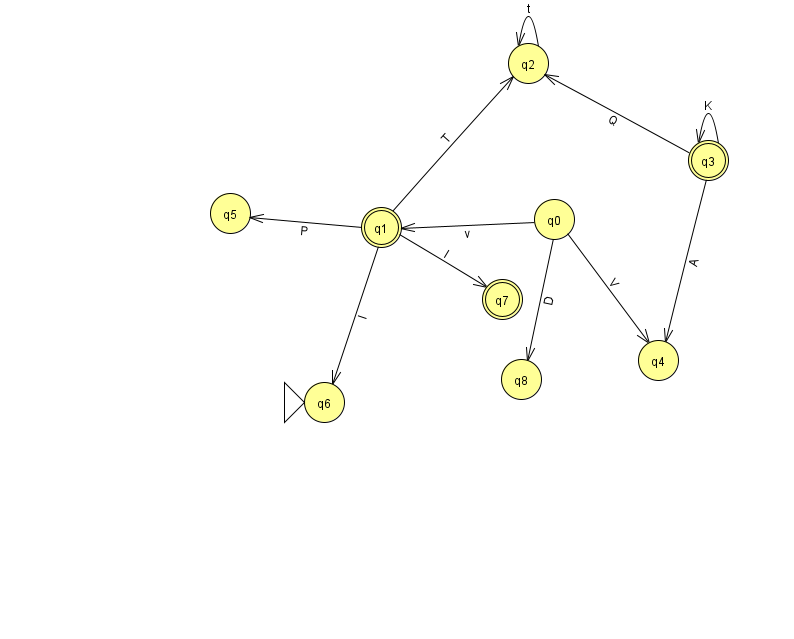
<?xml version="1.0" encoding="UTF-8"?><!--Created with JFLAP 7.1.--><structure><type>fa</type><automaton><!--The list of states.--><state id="0" name="q0"><x>554.0</x><y>206.0</y></state><state id="1" name="q1"><x>381.0</x><y>214.0</y><final/></state><state id="2" name="q2"><x>528.0</x><y>50.0</y></state><state id="3" name="q3"><x>708.0</x><y>147.0</y><final/></state><state id="4" name="q4"><x>658.0</x><y>347.0</y></state><state id="5" name="q5"><x>230.0</x><y>200.0</y></state><state id="6" name="q6"><x>324.0</x><y>389.0</y><initial/></state><state id="7" name="q7"><x>502.0</x><y>286.0</y><final/></state><state id="8" name="q8"><x>521.0</x><y>366.0</y></state><!--The list of transitions.--><transition><from>0</from><to>4</to><read>V</read></transition><transition><from>2</from><to>2</to><read>t</read></transition><transition><from>3</from><to>2</to><read>Q</read></transition><transition><from>1</from><to>6</to><read>I</read></transition><transition><from>3</from><to>4</to><read>A</read></transition><transition><from>0</from><to>8</to><read>D</read></transition><transition><from>1</from><to>5</to><read>P</read></transition><transition><from>0</from><to>1</to><read>v</read></transition><transition><from>3</from><to>3</to><read>K</read></transition><transition><from>1</from><to>7</to><read>I</read></transition><transition><from>1</from><to>2</to><read>T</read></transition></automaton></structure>